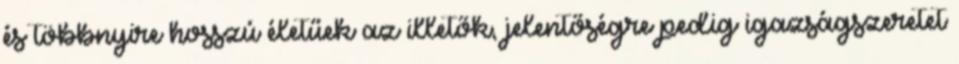
és többnyire hosszú életűek az illetők, jelentőségre pedig igazságszeretet